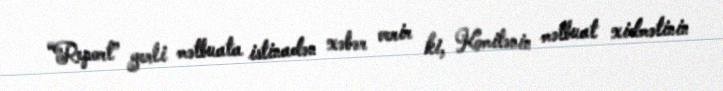
“Report” yerli mətbuata istinadən xəbər verir ki, Komitənin mətbuat xidmətinin